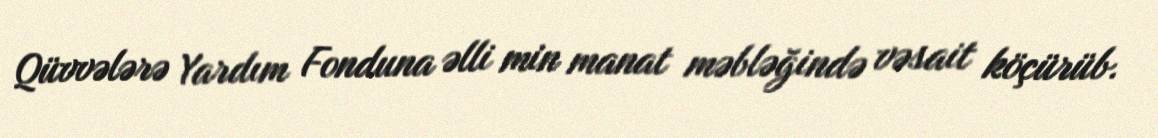
Qüvvələrə Yardım Fonduna əlli min manat məbləğində vəsait köçürüb.